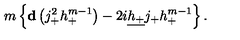
m \left\{ { \bf d } \left( j _ { + } ^ { 2 } h _ { + } ^ { m - 1 } \right) - 2 i \underline { { h _ { + } } } j _ { + } h _ { + } ^ { m - 1 } \right\} .